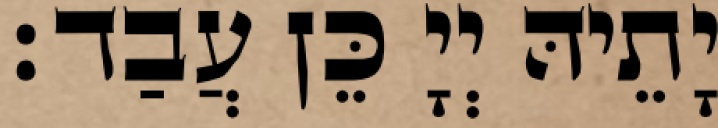
יָתֵיהּ יְיָ כֵּן עֲבַד׃